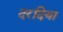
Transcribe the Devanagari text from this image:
दरदिया